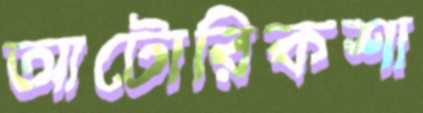
আটোরিকশা